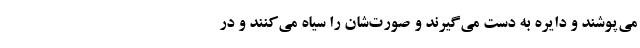
می‌پوشند و دایره به دست می‌گیرند و صورت‌شان را سیاه می‌کنند و در